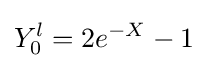
Y_{0}^{l}=2e^{-X}-1